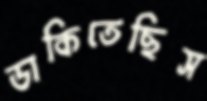
ডাকিতেছিস